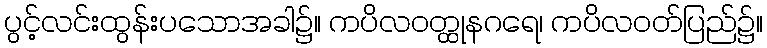
ပွင့်လင်းထွန်းပသောအခါ၌။ ကပိလဝတ္ထုနဂရေ၊ ကပိလဝတ်ပြည်၌။